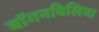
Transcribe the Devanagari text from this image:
बॉगनविलिया